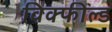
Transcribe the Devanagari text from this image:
विक्फील्ड